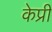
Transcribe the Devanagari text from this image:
केप्री